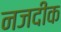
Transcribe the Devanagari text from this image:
नजदींक